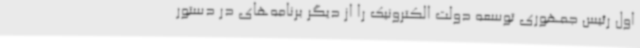
اول رئیس جمهوری توسعه دولت الکترونیک را از دیگر برنامه‌های در دستور